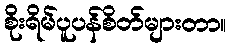
စိုးရိမ်ပူပန်စိတ်များတာ။